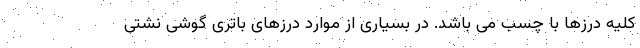
کلیه درزها با چسب می باشد. در بسیاری از موارد درزهای باتری گوشی نشتی